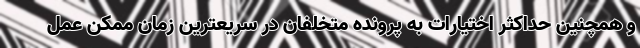
و همچنین حداکثر اختیارات به پرونده متخلفان در سریعترین زمان ممکن عمل